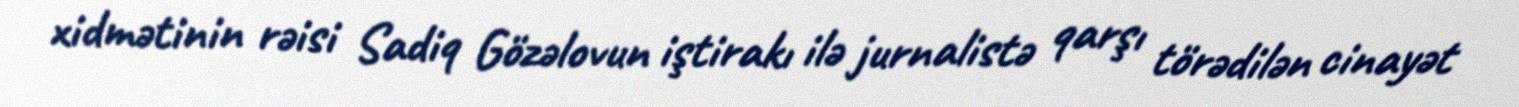
xidmətinin rəisi Sadiq Gözəlovun iştirakı ilə jurnalistə qarşı törədilən cinayət